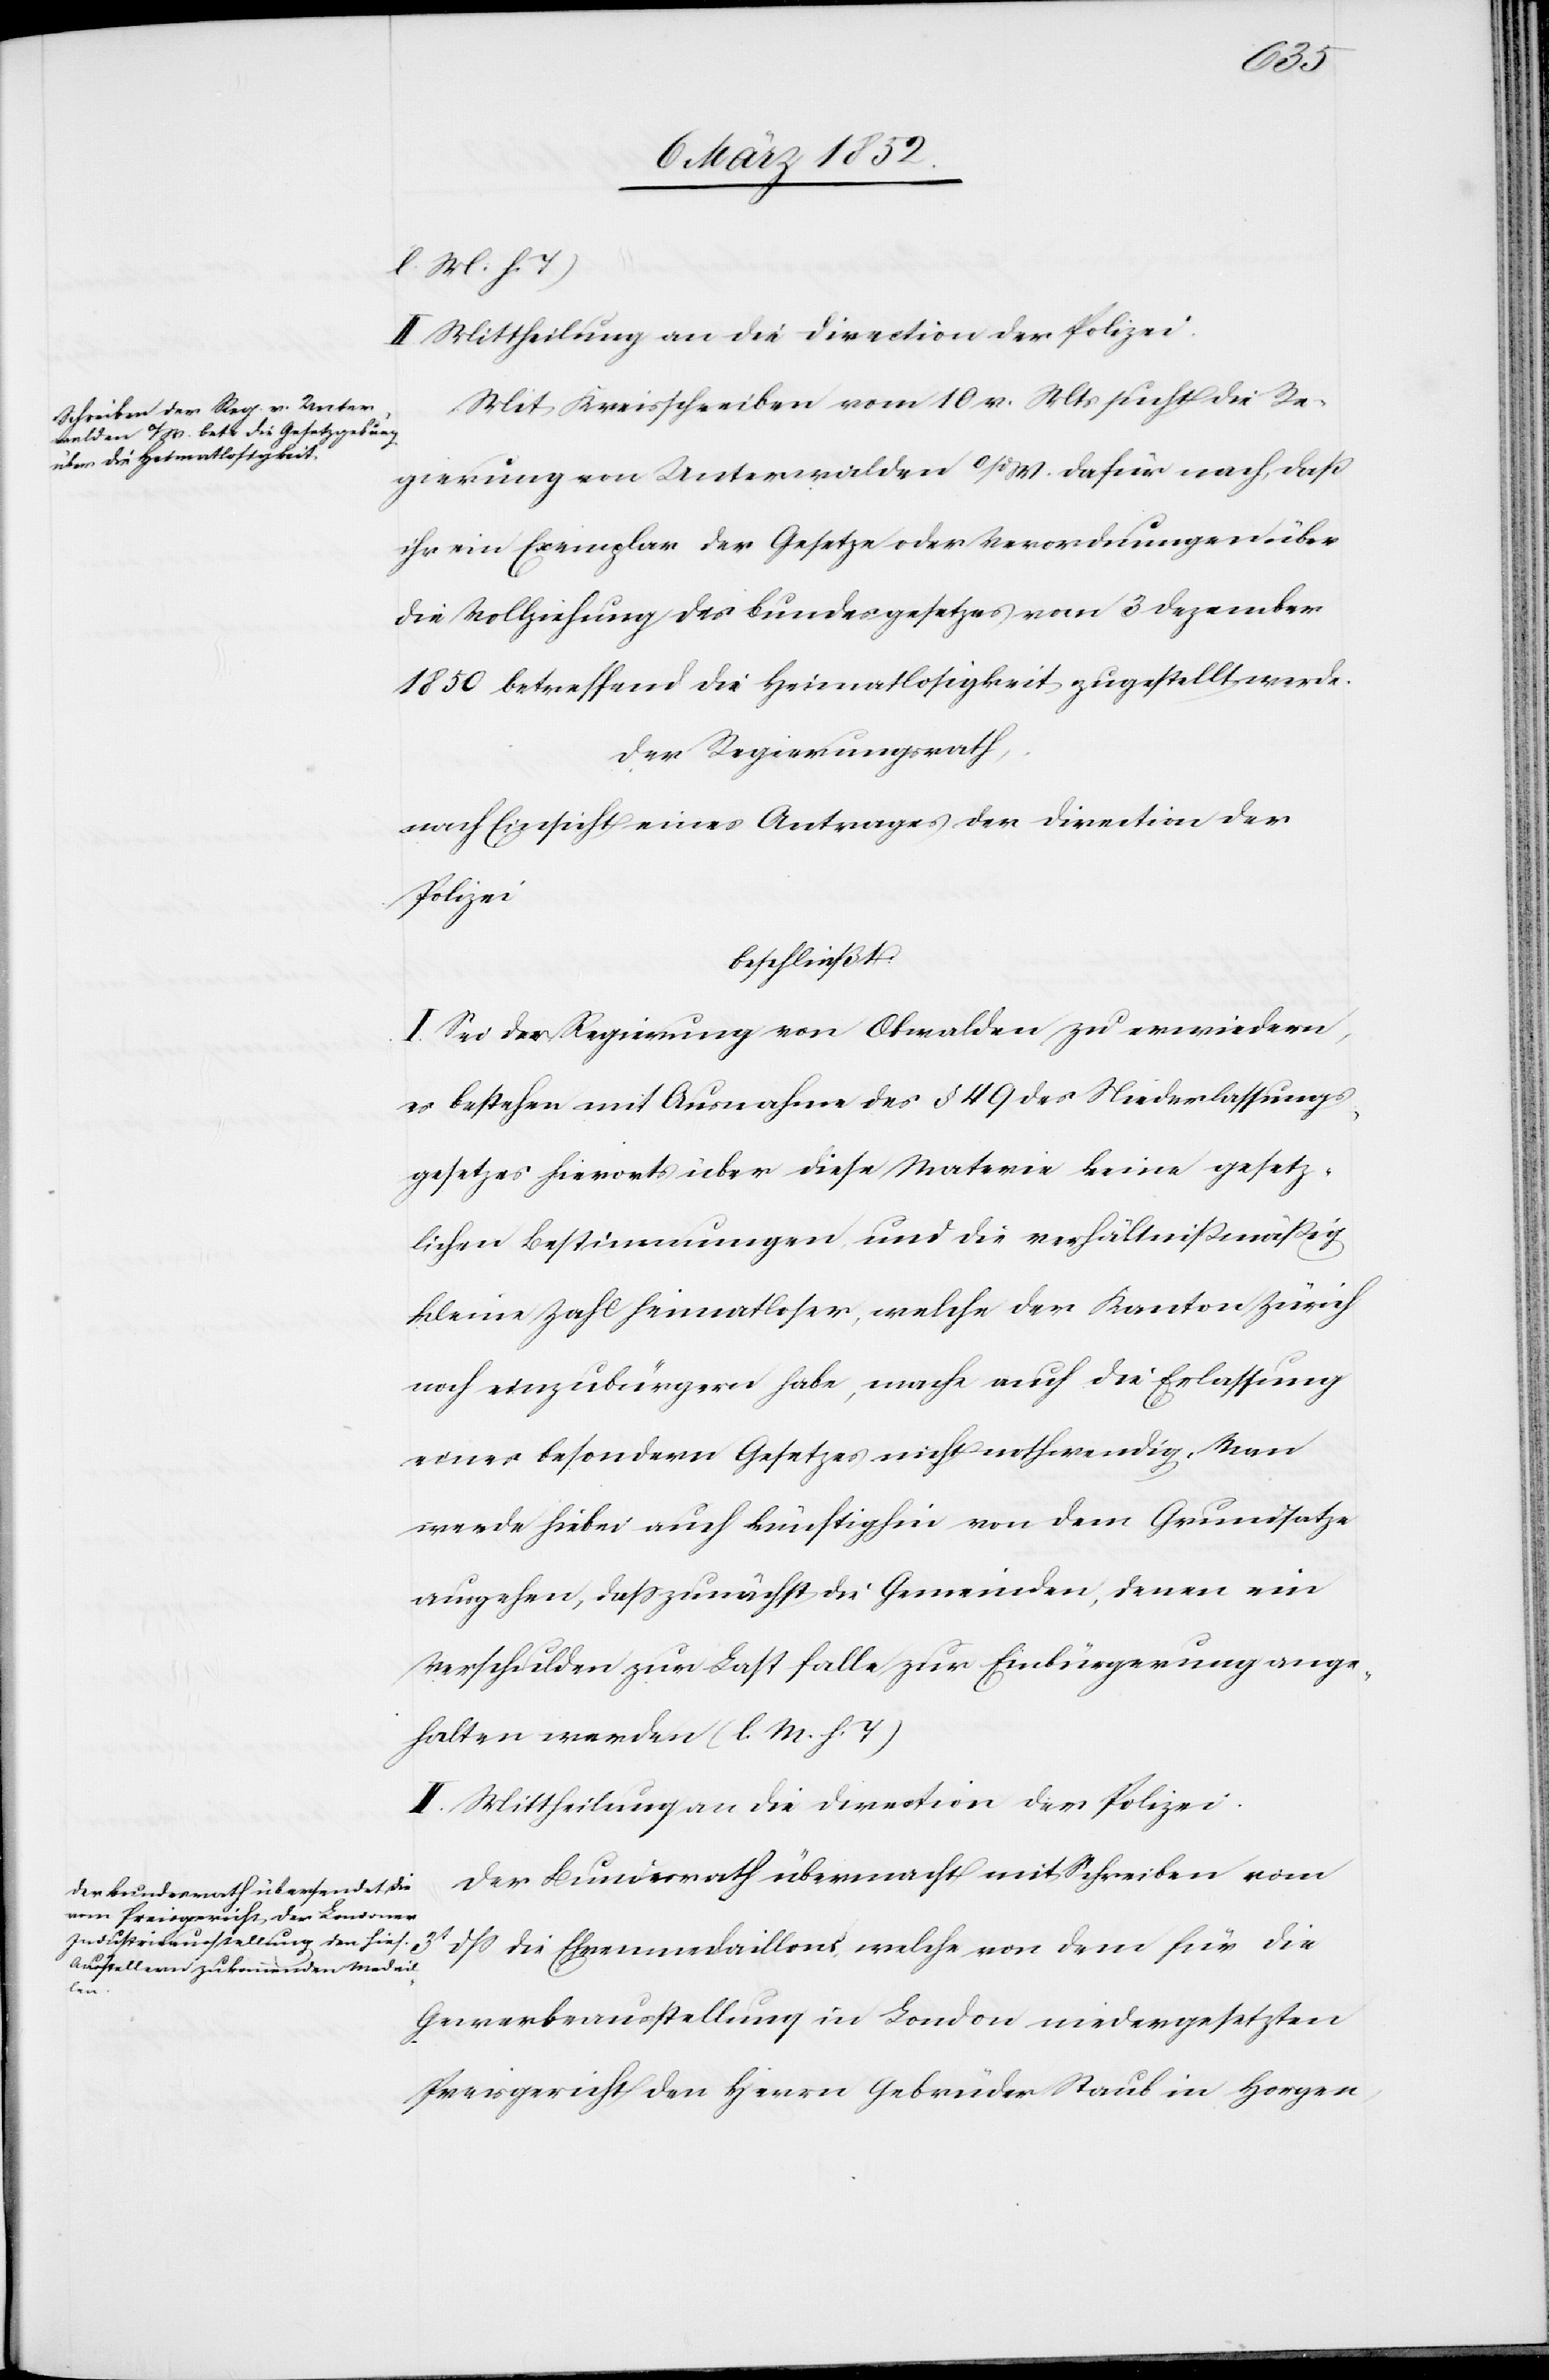
(l. M. h. T)
II. Mittheilung an die Direction der Polizei.
Mit Kreisschreiben vom 10 v. Mts sucht die Re¬
gierung von Unterwalden o/d W. dafür nach, daß
ihr ein Exemplar der Gesetze oder Verordnungen über
die Vollziehung des Bundesgesetzes vom 3 Dezember
1850 betreffend die Heimatlosigkeit zugestellt werde.
Der Regierungsrath,
nach Einsicht eines Antrages der Direction der
Polizei
beschließt:
I. Sei der Regierung von Obwalden zu erwiedern,
es bestehen mit Ausnahme des § 49 des Niederlassungs¬
gesetzes hierorts über diese Materie keine gesetz¬
lichen Bestimmungen und die verhältnißmäßig
kleine Zahl Heimatloser, welche der Kanton Zürich
noch einzubürgern habe, mache auch die Erlassung
eines besondern Gesetzes nicht nothwendig, man
werde hiebei auch künftighin von dem Grundsatze
ausgehen, daß zunächst die Gemeinden, denen ein
Verschulden zur Last falle, zur Einbürgerung ange¬
halten werden (l. M. h. T)
II. Mittheilung an die Direction der Polizei.
Der Bundesrath übermacht mit Schreiben vom
3t dß die Ehrenmedaillons welche von dem für die
Gewerbeausstellung in London niedergesetzten
Preisgericht den Herrn Gebrüder Staub in Horgen